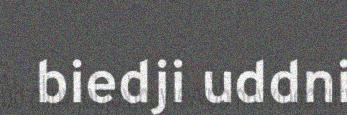
biedji uddni